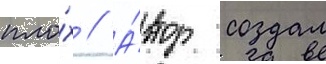
пло́х // А́втор создал